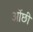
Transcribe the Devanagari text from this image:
ओंछी